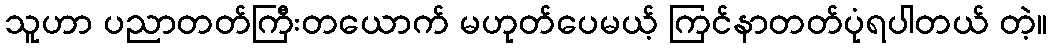
သူဟာ ပညာတတ်ကြီးတယောက် မဟုတ်ပေမယ့် ကြင်နာတတ်ပုံရပါတယ် တဲ့။